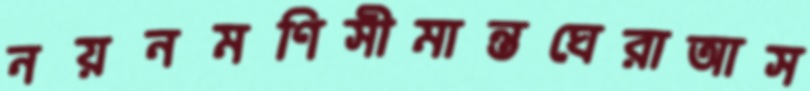
নয়নমণিসীমান্তঘেরাআস